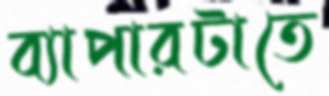
ব্যাপারটাতে